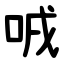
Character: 㖅